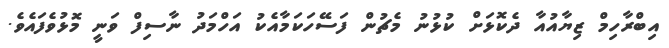
އިބްރާހިމް ޒިޔާއުއާ ދެކޮޅަށް ކުޅުނު މެޗުން ފަސޭހަކަމާއެކު އަހްމަދު ނާސިފް ވަނީ މޮޅުވެފައެވެ.